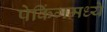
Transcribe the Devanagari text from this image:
पेकिंगमध्ये